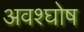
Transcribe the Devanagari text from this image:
अवश्घोष